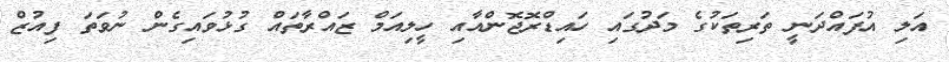
އަލި އުފައްދަނީ ތަރިތަކުގެ މަދުގައި ހައިޑްރޮޖޮންއާއި ހީލިއަމް ޒައްރާތައް ގުޅުވައިގެން ނުވަތަ ފިއުޒް